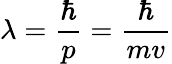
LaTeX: \lambda=\frac{\hbar}{p}=\frac{\hbar}{mv}